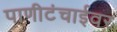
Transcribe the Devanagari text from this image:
पाणीटंचाईवर